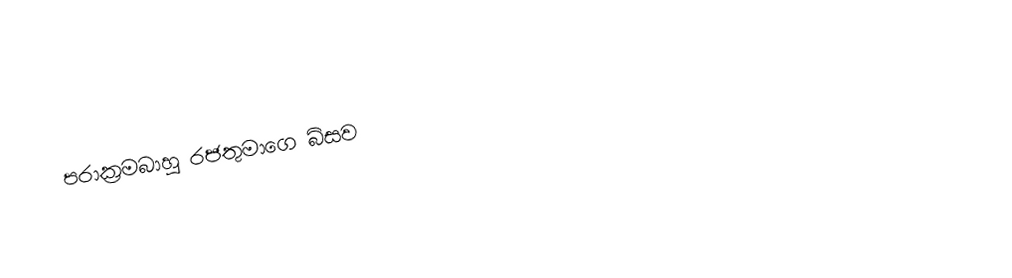
පරාක්‍රමබාහු රජතුමාගෙ බිසව